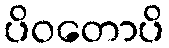
ပိဝတောပိ